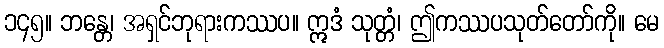
၁၄၅။ ဘန္တေ၊ အရှင်ဘုရားကဿပ။ ဣဒံ သုတ္တံ၊ ဤကဿပသုတ်တော်ကို။ မေ